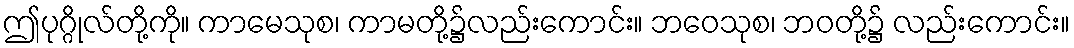
ဤပုဂ္ဂိုလ်တို့ကို။ ကာမေသုစ၊ ကာမတို့၌လည်းကောင်း။ ဘဝေသုစ၊ ဘဝတို့၌ လည်းကောင်း။